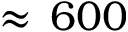
\approx \, 6 0 0